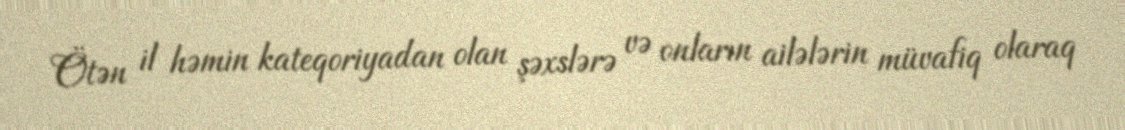
Ötən il həmin kateqoriyadan olan şəxslərə və onların ailələrin müvafiq olaraq